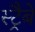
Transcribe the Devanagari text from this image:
स्ट्रैबे